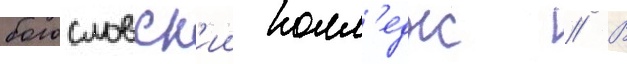
богословск'ии колл'едж // В